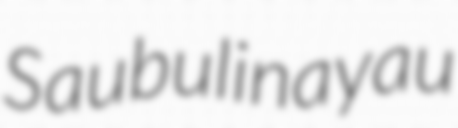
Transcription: Saubulinayau